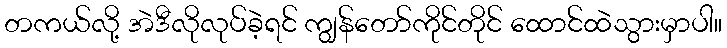
တကယ်လို့ အဲဒီလိုလုပ်ခဲ့ရင် ကျွန်တော်ကိုင်တိုင် ထောင်ထဲသွားမှာပါ။